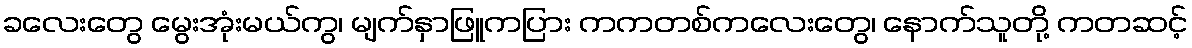
ခလေးတွေ မွေးအုံးမယ်ကွ၊ မျက်နှာဖြူကပြား ကကတစ်ကလေးတွေ၊ နောက်သူတို့ ကတဆင့်